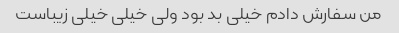
من سفارش دادم خیلی بد بود ولی خیلی خیلی زیباست